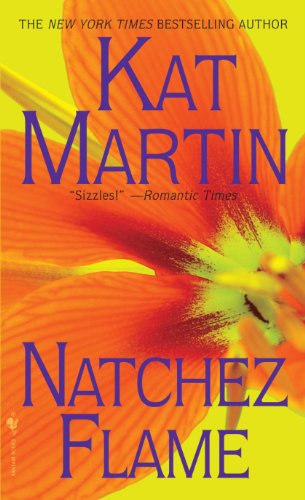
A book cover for Natchez Flame; Kat Martin; Literature & Fiction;